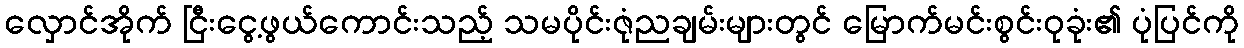
လှောင်အိုက် ငြီးငွေ့ဖွယ်ကောင်းသည့် သမပိုင်းဇုံညချမ်းများတွင် မြောက်မင်းစွင်းဝုခုံး၏ ပုံပြင်ကို